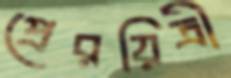
প্রেরয়িত্রী